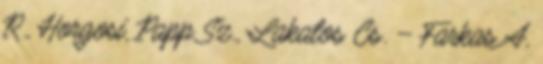
R., Horgosi, Papp Sz., Lakatos Cs. – Farkas A,